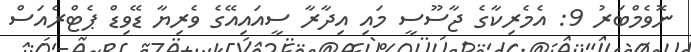
ނޮވެމްބަރު 9: އެމެރިކާގެ ޖާސޫސީ މައި އިދާރާ ސީއައިއޭގެ ވެރިޔާ ޑޭވިޑް ޕެޓްރެއަސް